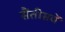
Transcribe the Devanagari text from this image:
सैंतीसवें